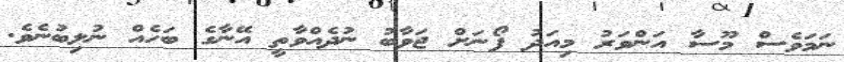
ނަމަވެސް މޫސާ އަންވަރު މިއަދު ފޯނަށް ޖަވާބު ނުދެއްވާތީ އޭނާގެ ބަހެއް ނުލިބުނެވެ.